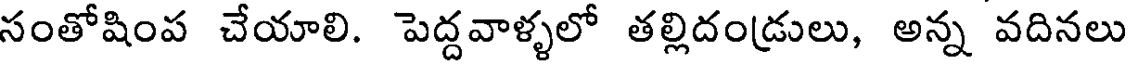
సంతోషింప చేయాలి. పెద్దవాళ్ళలో తల్లిదండ్రులు, అన్న వదినలు